Vaccination United Provinces of Agra and Oudh 1902-1913 - 1902-1913
Year: 1902
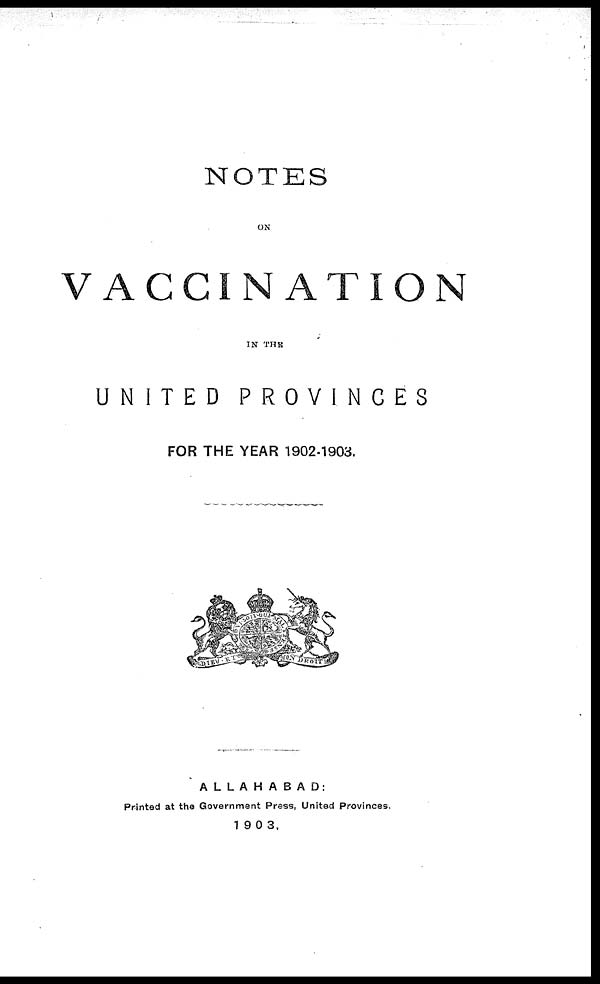
NOTES
ON
VACCINATION
IN THE
UNITED
PROVINCES
FOR THE YEAR 1902-1903.
ALLAHABAD:
Printed at the Government Press, United Provinces.
1903.